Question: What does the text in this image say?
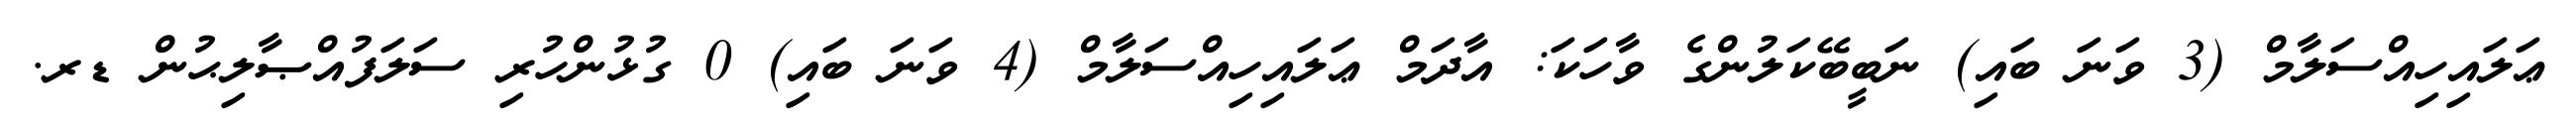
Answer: ޢަލައިހިއްސަލާމް (3 ވަނަ ބައި) ނަބީބޭކަލުންގެ ވާހަކަ: އާދަމް ޢަލައިހިއްސަލާމް (4 ވަނަ ބައި) 0 ގުޅުންހުރި ސަލަފުއްޞާލިޙުން ޑރ.